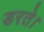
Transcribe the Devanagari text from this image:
डरते।